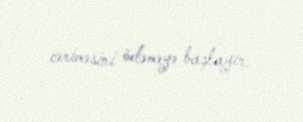
cəriməsini ödəməyə başlayır.